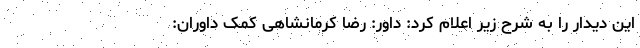
این دیدار را به شرح زیر اعلام کرد: داور: رضا کرمانشاهی کمک داوران: